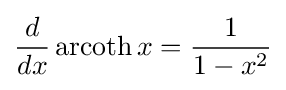
{\frac {d}{dx}}\operatorname {arcoth} x={\frac {1}{1-x^{2}}}